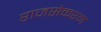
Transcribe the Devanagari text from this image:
राजसेकरन